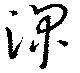
深